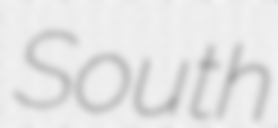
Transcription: South